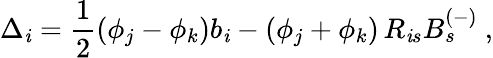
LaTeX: \Delta_{\mathit{i}}=\frac{{1}}{{2}}(\phi_{j}-\phi_{k})b_{\mathit{i}}-(\phi_{j}+\phi_{k})\, R_{\mathit{i}s}B_{s}^{(-)}~,